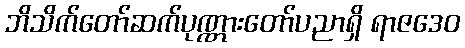
ဘိသိက်တော်ဆက်ပုဏ္ဏားတော်ပညာရှိ ရာဇဒေဝ